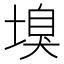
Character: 𡏣